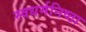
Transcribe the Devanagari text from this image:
स्वधर्मनिष्ठा